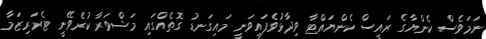
ނަމަވެސް ކެންޔާގެ ރައީސް ކެންޔައްޓާ ވިދާޅުވެފައިވަނީ މައިގަނޑު ގޮތެއްގައި މަޝްވަރާ ކުރެވޭނީ ޓެރަރިޒަމާ